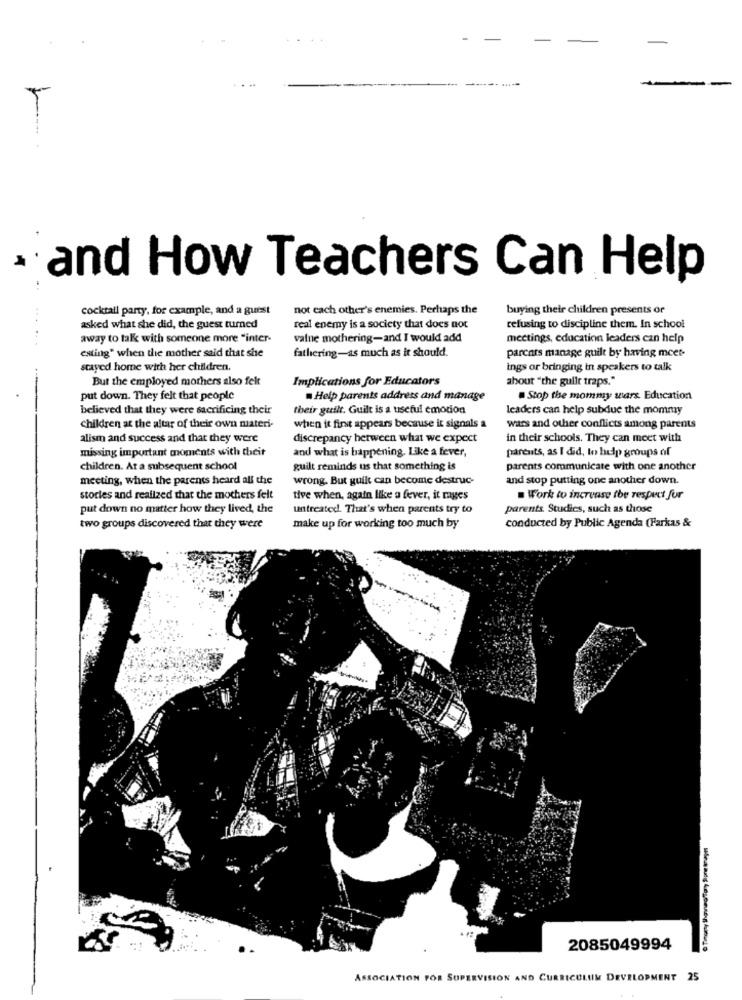
and How Teachers Can Help
cocktail party, for example, and a guest
not each other's enemies. Perhaps the
buying their children presents or
asked what she did, the guest turned
real enemy is a society that does not
refusing to discipline them. In school
away to talk with someone more "inter-
value mothering-and I would add
meetings, education leaders can help
esting" when the mother said that she
fathering-as much as it should.
parents manage guilt by having meet-
stayed home with her children.
ings or bringing in speakers to talk
But the employed mothers also felt
Implications for Educators
about "the guilt traps."
put down. They felt that people
Help parents address and manage
Stop the mommy wars. Education
believed that they were sacrificing their
their guilt. Guilt is a useful emotion
leaders can help subdue the mommy
Children at the altar of their own materi-
when it first appears because it signals a
wars and other conflicts among parents
alism and success and that they were
discrepancy hetween what we expect
in their schools. They can meet with
missing important moments with theit
and what is happening. Like a fever,
parents, as I &d, to help groups of
children. At a subsequent school
guilt reminds us that something is
parents communicate with one another
meeting, when the parents heard all the
wrong. But guilt can become destruc-
and stop putting one another down.
stories and realized that the mothers felt
tive when, again like a fever, it rages
. Work to increase the respect for
put down no matter how they lived, the
untreated. That's when parents try to
parents Studies, such as those
two groups discovered that they were
make up for working too much by
conducted by Public Agenda (Farkas &
2085049994
ASSOCIATION FOR SUPERVISION AND CURRICULUM DEVELOPMENT 25